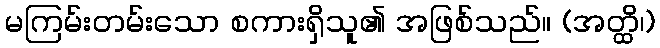
မကြမ်းတမ်းသော စကားရှိသူ၏ အဖြစ်သည်။ (အတ္ထိ၊)